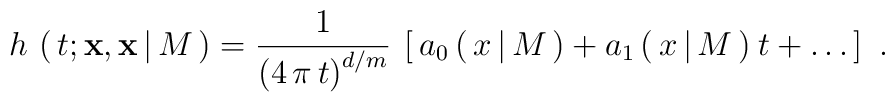
h\,\left(\,t;{\bf x},{\bf x}\,|\,M\,\right) =\frac{1}{\left( 4\,\pi\,t \right)^{d/m}}\:\left[\,a_0\,(\,x\,|\,M\,) +a_1\,(\,x\,|\,M\,)\:t + \dots \,\right]\ .